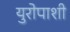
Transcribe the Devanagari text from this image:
युरोपाशी